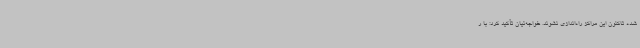
شده تاکنون این مراکز راه‌اندازی نشوند. خواجه‌ئیان تأکید کرد: با ر